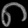
Digit: ၈